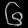
Digit: ၆